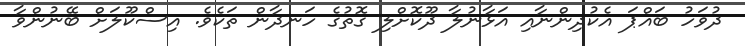
ދުވަހު ބައްޕަ އެކުދިންނާއި އަޅާނުލާ ދޫކޮށްލި ގޮތުގެ ހަނދާން ތަކެވެ. އިސްކޫލަށް ބޭނުންވާ